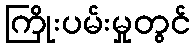
ကြိုးပမ်းမှုတွင်